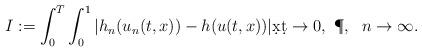
LaTeX: \begin{align*}I:=\int_{0}^{T}\int_{0}^{1}|h_n(u_n(t,x))-h(u(t,x))|\d x\d t \to 0, \ \P,\ \ n\to\infty. \end{align*}